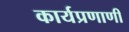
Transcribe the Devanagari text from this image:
कार्यप्रणाणी